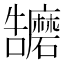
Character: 𭍁